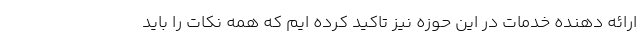
ارائه دهنده خدمات در این حوزه نیز تاکید کرده ایم که همه نکات را باید